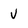
Character: V